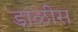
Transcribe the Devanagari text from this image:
डाळीस